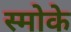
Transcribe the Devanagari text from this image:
स्मोके